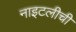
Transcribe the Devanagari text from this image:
नाइटलीची